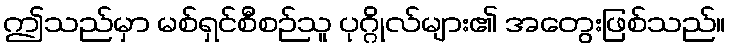
ဤသည်မှာ မစ်ရှင်စီစဉ်သူ ပုဂ္ဂိုလ်များ၏ အတွေးဖြစ်သည်။